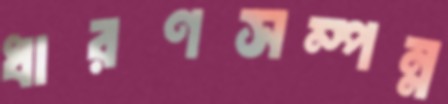
ধারণসম্পন্ন